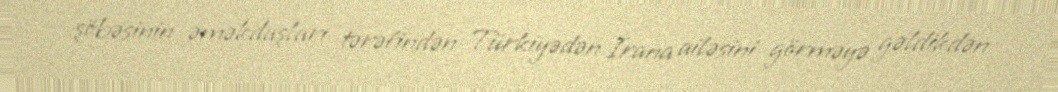
şöbəsinin əməkdaşları tərəfindən Türkiyədən İrana ailəsini görməyə gəldikdən